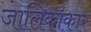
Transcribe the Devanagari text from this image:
जालिकाकार